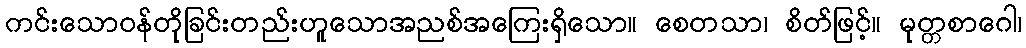
ကင်းသောဝန်တိုခြင်းတည်းဟူသောအညစ်အကြေးရှိသော။ စေတသာ၊ စိတ်ဖြင့်။ မုတ္တစာဂေါ၊